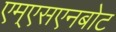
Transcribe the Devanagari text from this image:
एम्एसएनबोट